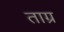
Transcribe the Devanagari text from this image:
ताग्र